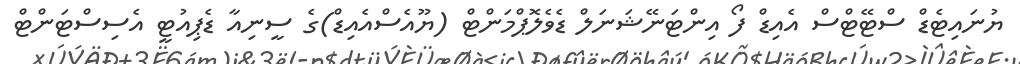
ޔުނައިޓެޑް ސްޓޭޓްސް އެއިޑް ފޯ އިންޓަނޭޝަނަލް ޑެވެލޮޕްމަންޓް (ޔޫއެސްއެއިޑް)ގެ ސީނިއާ ޑެޕިއުޓީ އެސިސްޓަންޓް